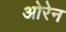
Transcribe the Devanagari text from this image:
ओरेन